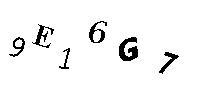
9E16G7